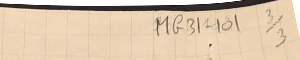
MG31-101  3/3